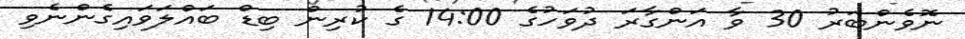
ނޮވެންބަރު 30 ވާ އަންގާރަ ދުވަހުގެ 14:00 ގެ ކުރިން ބިޑް ބައްލަވައިގެންނެވި